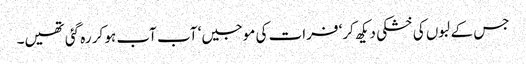
جس کے لبوں کی خشکی دیکھ کر‘ فرات کی موجیں‘ آب آب ہو کر رہ گئی تھیں۔